Calcutta medical institutions reports 1879-81 [i.e.91]
Year: 1879
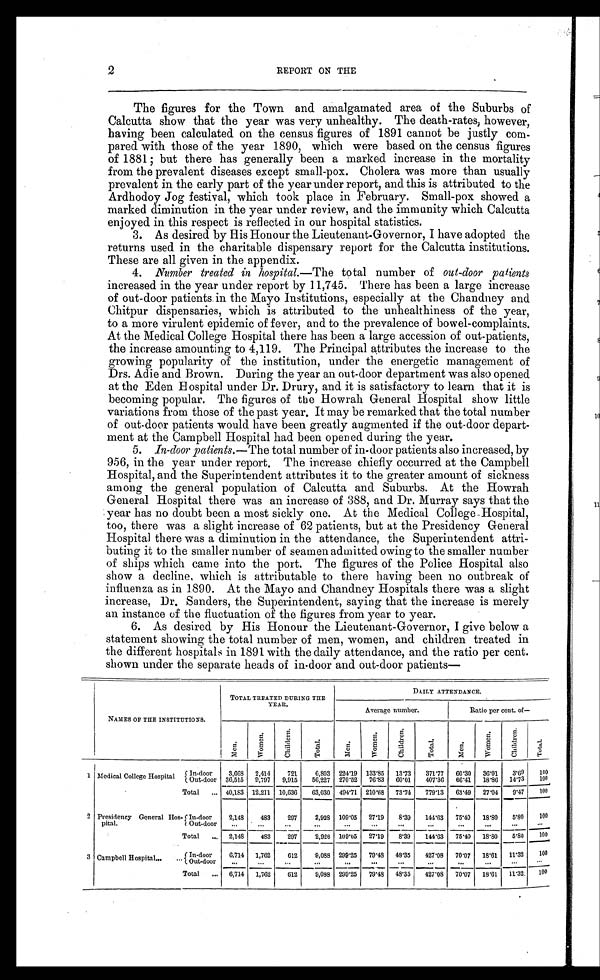
2
REPORT ON THE
The figures for the Town and amalgamated area of the Suburbs of
Calcutta show that the year was very unhealthy. The death-rates, however,
having been calculated on the census figures of 1891 cannot be justly com-
pared with those of the year 1890, which were based on the census figures
of 1881; but there has generally been a marked increase in the mortality
from the prevalent diseases except small-pox. Cholera was more than usually
prevalent in the early part of the year under report, and this is attributed to the
Ardhodoy Jog festival, which took place in February. Small-pox showed a
marked diminution in the year under review, and the immunity which Calcutta
enjoyed in this respect is reflected in our hospital statistics.
3. As desired by His Honour the Lieutenant-Governor, I have adopted the
returns used in the charitable dispensary report for the Calcutta institutions.
These are all given in the appendix.
4. Number treated in hospital. —The total number of out-door patients
increased in the year under report by 11,745. There has been a large increase
of out-door patients in the Mayo Institutions, especially at the Chandney and
Chitpur dispensaries, which is attributed to the unhealthiness of the year,
to a more virulent epidemic of fever, and to the prevalence of bowel-complaints.
At the Medical College Hospital there has been a large accession of out-patients,
the increase amounting to 4,119. The Principal attributes the increase to the
growing popularity of the institution, under the energetic management of
Drs. Adie and Brown. During the year an out-door department was also opened
at the Eden Hospital under Dr. Drury, and it is satisfactory to learn that it is
becoming popular. The figures of the Howrah General Hospital show little
variations from those of the past year. It may be remarked that the total number
of out-door patients would have been greatly augmented if the out-door depart-
ment at the Campbell Hospital had been opened during the year.
5. In-door patients. —The total number of in-door patients also increased, by
956, in the year under report. The increase chiefly occurred at the Campbell
Hospital, and the Superintendent attributes it to the greater amount of sickness
among the general population of Calcutta and Suburbs. At the Howrah
General Hospital there was an increase of 388, and Dr. Murray says that the
year has no doubt been a most sickly one. At the Medical College-Hospital,
too, there was a slight increase of 62 patients, but at the Presidency General
Hospital there was a diminution in the attendance, the Superintendent attri-
buting it to the smaller number of seamen admitted owing to the smaller number
of ships which came into the port. The figures of the Police Hospital also
show a decline, which is attributable to there having been no outbreak of
influenza as in 1890. At the Mayo and Chandney Hospitals there was a slight
increase, Dr. Sanders, the Superintendent, saying that the increase is merely
an instance of the fluctuation of the figures from year to year.
6. As desired by His Honour the Lieutenant-Governor, I give below a
statement showing the total number of men, women, and children treated in
the different hospitals in 1891 with the daily attendance, and the ratio per cent.
shown under the separate heads of in-door and out-door patients—
NAMES OF THE INSTITUTIONS.
TOTAL TREATED DURING THE
YEAR.
DAILY ATTENDANCE.
Average number.
Ratio per cent. of—
M e n .
W o m e n .
C h i l d e r n .
T o t a l .
M e n .
W o m e n .
C h i d r e n .
T o t a l .
M e n .
W o m e n .
C h i l d r e n .
T o t a l .
1 Medical College Hospital
In-door
3,668 2,414
721
6,803 224.19 133.85 13.73 371.77 60.30 36.01 3.69
100
Out-door 36,515 9,797 9,915 56,2
27 270.52 76.83 60.01 407.36 66.41 18.86 14.73
100
Total ... 40,183 12,211 10,636 63,030 494.71 210.68 73.74 779.13 63.49 27.04 9.47 100
2 Presidency General Hos-
pital.
In-door
2,148
483
297
2,928 109.05 27.19 8.39 144.63 75.40 18.80 5.80 100
Out-door ... ... ...
. . . ... ...
..
.
...
...
...
...
. . .
Total ... 2,148
483
297
2,928 109.05 27.19 8.39 144.63 75.40 18.80 5.80
100
3 Campbell Hospital ... ... In-door
6,714 1,762
612
9,088 299.25 79.48 48.35 427.08 70.07 18.61 11.32
100
Out-door
... ...
...
. . .
. . .
. . .
...
...
...
... ...
...
Total ... 6,714 1,762
612
9,088 299.25 79.48 48.35 427.08 70.07 18.61 11.32 100